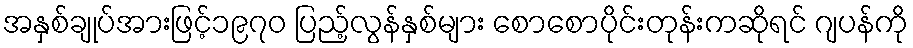
အနှစ်ချုပ်အားဖြင့်၁၉၇၀ ပြည့်လွန်နှစ်များ စောစောပိုင်းတုန်းကဆိုရင် ဂျပန်ကို